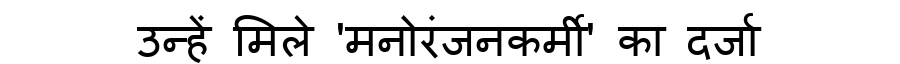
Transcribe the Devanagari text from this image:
उन्हें मिले 'मनोरंजनकर्मी' का दर्जा